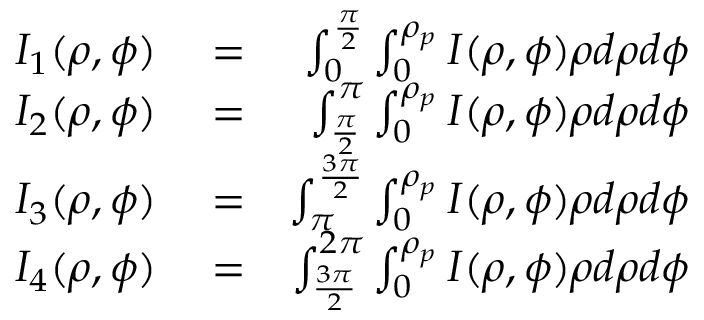
\begin{array} { r l r } { I _ { 1 } ( \rho , \phi ) } & { { } = } & { \int _ { 0 } ^ { \frac { \pi } { 2 } } \int _ { 0 } ^ { \rho _ { p } } I ( \rho , \phi ) \rho d \rho d \phi } \\ { I _ { 2 } ( \rho , \phi ) } & { { } = } & { \int _ { \frac { \pi } { 2 } } ^ { \pi } \int _ { 0 } ^ { \rho _ { p } } I ( \rho , \phi ) \rho d \rho d \phi } \\ { I _ { 3 } ( \rho , \phi ) } & { { } = } & { \int _ { \pi } ^ { \frac { 3 \pi } { 2 } } \int _ { 0 } ^ { \rho _ { p } } I ( \rho , \phi ) \rho d \rho d \phi } \\ { I _ { 4 } ( \rho , \phi ) } & { { } = } & { \int _ { \frac { 3 \pi } { 2 } } ^ { 2 \pi } \int _ { 0 } ^ { \rho _ { p } } I ( \rho , \phi ) \rho d \rho d \phi } \end{array}